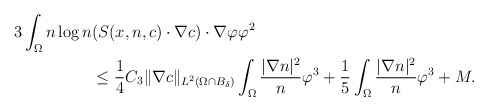
\begin{align*}\begin{aligned}3\int_{\Omega}n\log n & ( S(x,n,c) \cdot \nabla c ) \cdot\nabla \varphi \varphi^{2}\\&\le \frac{1}{4}C_{3} \|\nabla c\|_{L^{2}(\Omega\cap B_{\delta})} \int_{\Omega} \frac{|\nabla n|^{2}}{n}\varphi^{3}+\frac{1}{5}\int_{\Omega} \frac{|\nabla n|^{2}}{n}\varphi^{3}+M.\end{aligned}\end{align*}